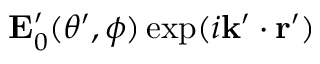
\mathbf { E } _ { 0 } ^ { \prime } ( \theta ^ { \prime } , \phi ) \exp ( i \mathbf { k } ^ { \prime } \cdot \mathbf { r ^ { \prime } } )